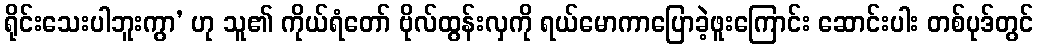
ရိုင်းသေးပါဘူးကွာ’ ဟု သူ၏ ကိုယ်ရံတော် ဗိုလ်ထွန်းလှကို ရယ်မောကာပြောခဲ့ဖူးကြောင်း ဆောင်းပါး တစ်ပုဒ်တွင်